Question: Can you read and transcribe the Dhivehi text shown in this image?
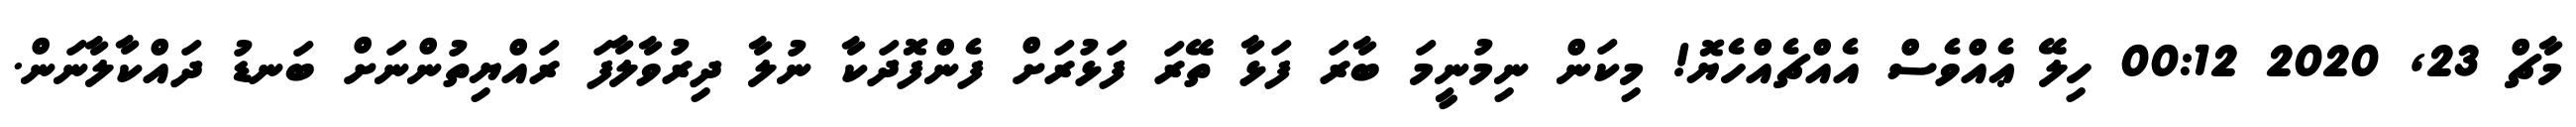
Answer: މާޗް 23, 2020 00:12 ހިލޭ ޢެއްވެސް އެއްޗެއްހެޔޮ! މިކަން ނިމުނީމަ ބާރަ ފަޅާ ތޭރަ ފަޅުރަށް ފެންފޮދަކާ ނުލާ ދިރުވާލާފަ ރައްޔިތުންނަށް ބަނޑު ދައްކާލާނަން.